Leningradi_Edasi_toimetus, lk 115
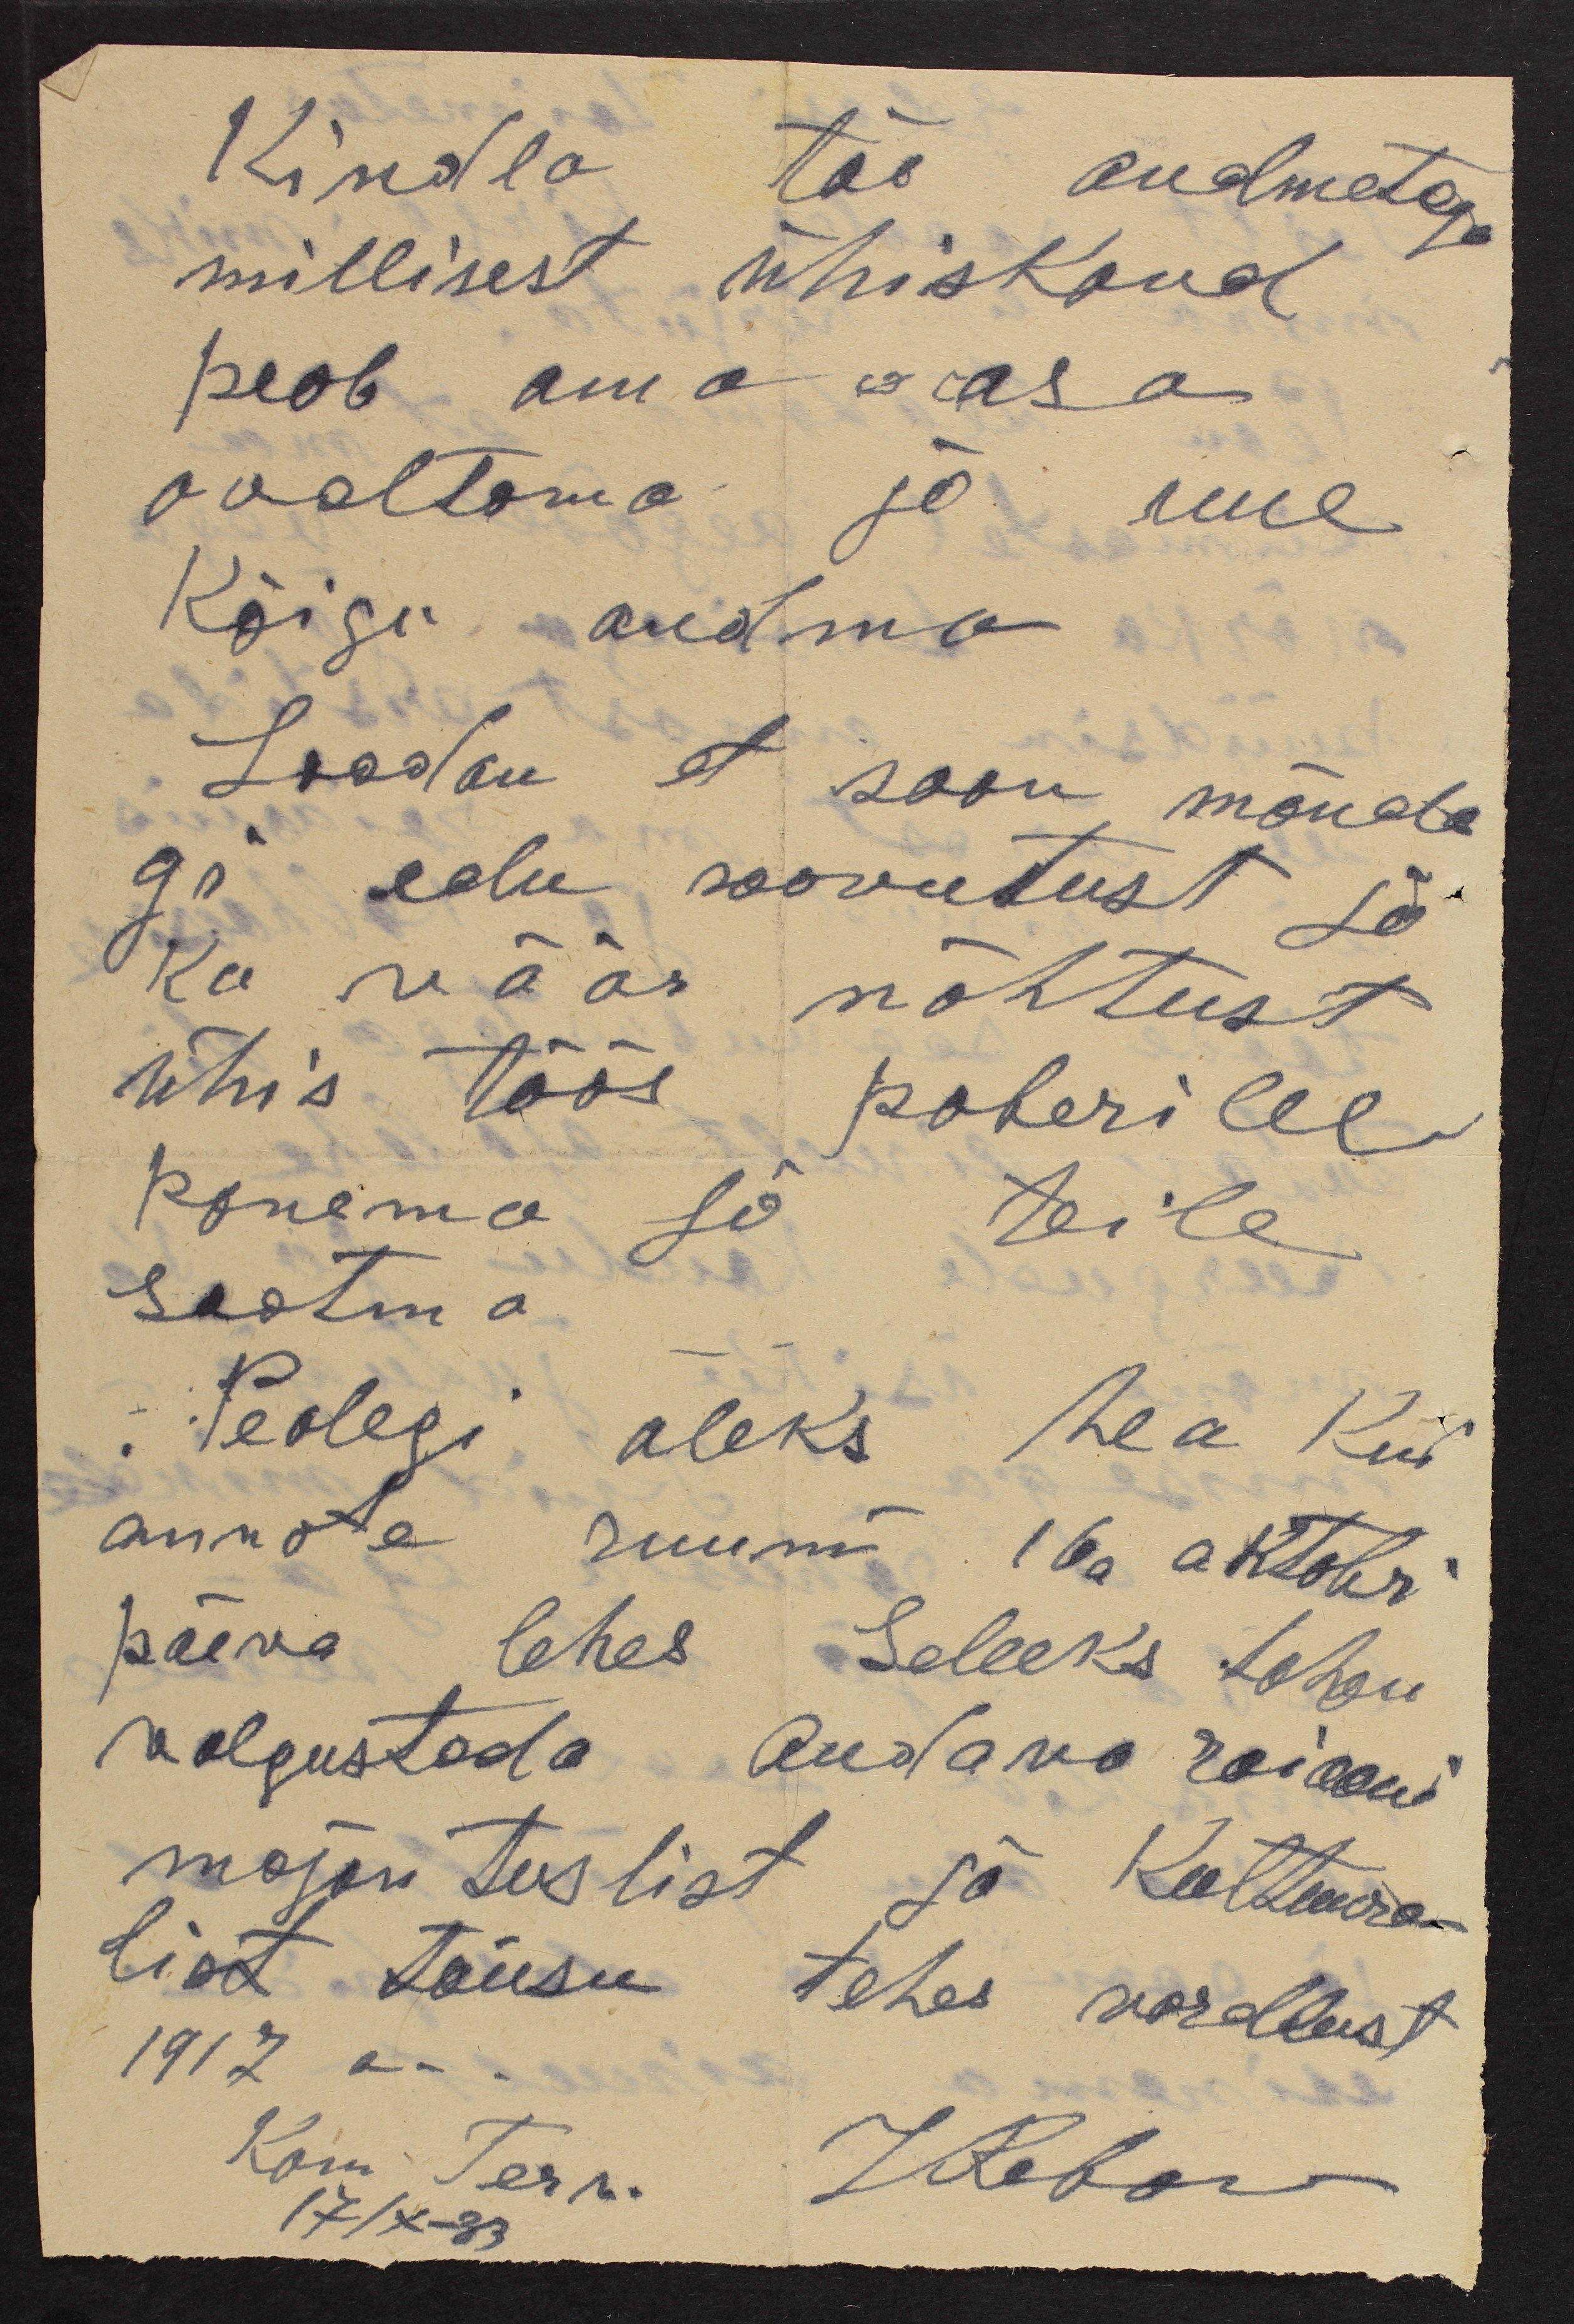
kindla tõe andmetega
millisest ühiskond
peab oma osa
avaltama ja uue
käigu andma
Loodan et saan mõnda
gi edu saavutust ja
ka väär nähtust
ühis töös paberilee
panema ja teile
saatma.
Pealegi oleks hea kui
annate ruumi 16a oktobri
päeva lehes selleks tahan
valgustada Oudava raiooni
majantuslist ja kultuura-
list tõusu tehes vordlust
1917 a.
Kom Tern.
JReban
17/X-33